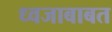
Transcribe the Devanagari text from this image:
ध्वजाबाबत